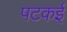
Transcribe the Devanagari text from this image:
पटकई